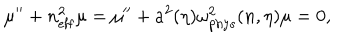
\mu ^ { \prime \prime } + n _ { \mathrm { e f f } } ^ { 2 } \mu = \mu ^ { \prime \prime } + a ^ { 2 } ( \eta ) \omega _ { \mathrm { p h y s } } ^ { 2 } ( n , \eta ) \mu = 0 ,